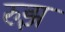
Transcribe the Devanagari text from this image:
रुझ